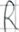
Text: R